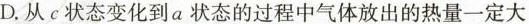
D.从c状态变化到a状态的过程中气体放出的热量一定大